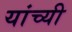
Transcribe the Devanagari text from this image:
यांच्यी